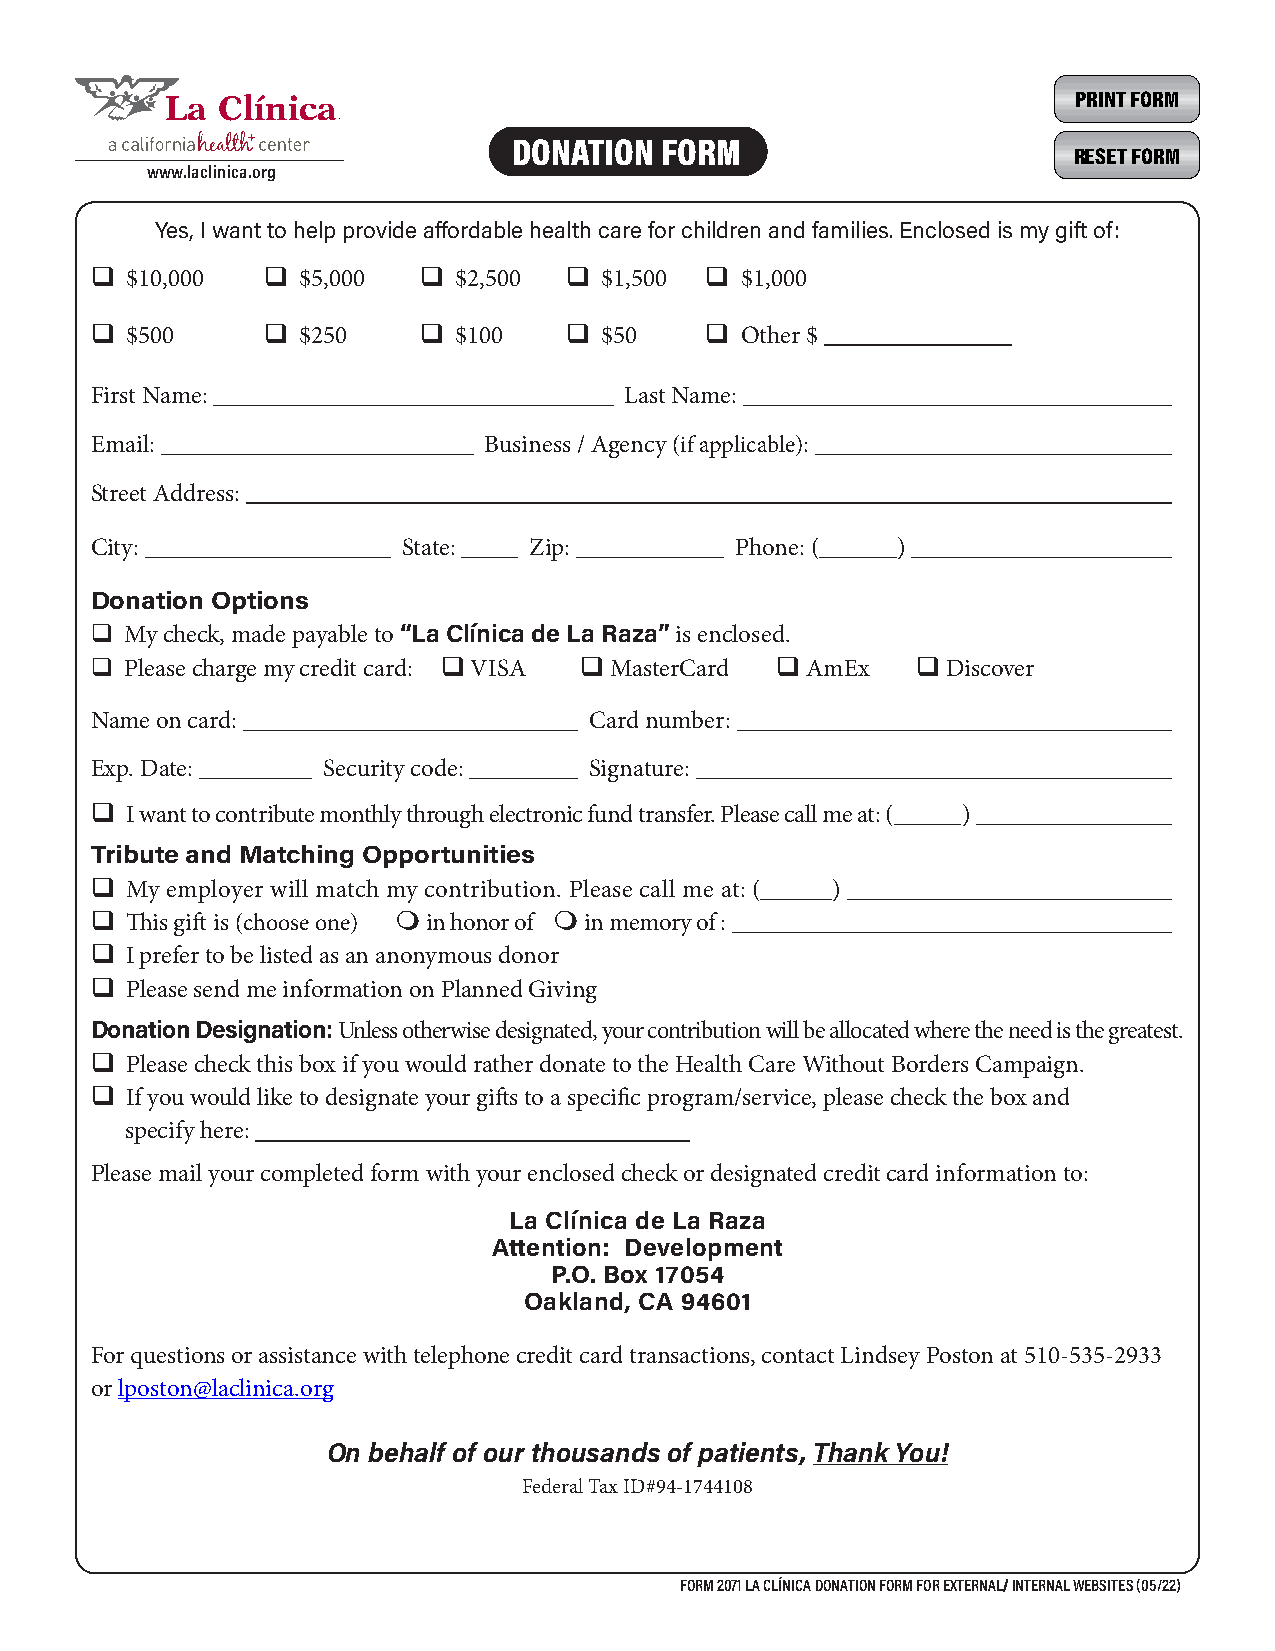
La Clínica                                                  PRINT FORM
 DONATION  FORM
 RESET FORM
 www.laclinica.org
 Yes, I want to help provide affordable health care for children and families. Enclosed is my gift of:
 q $10,000  q  $5,000  q $2,500 q  $1,500 q $1,000
 q $500     q  $250    q $100   q  $50    q Other $
 First Name:                        Last Name:
 Email:                    Business / Agency (if applicable):
 Street Address:
 City:                State:  Zip:          Phone: (  )
 For questions or assistance with telephone credit card
 Donation Options
 transactions, contact Lindsey Poston at 510-535-2933
 q My check, made payable to “La Clínica de La Raza” is enclosed.
 or lposton@laclinica.org.
 q Please charge my credit card: q VISA qMasterCard qAmEx qDiscover
 Name on card:                    Card number:
 Exp. Date:     Security code:    Signature:
 q I want to contribute monthly through electronic fund transfer. Please call me at: ( )
 Tribute and Matching Opportunities
 q My employer will match my contribution. Please call me at: ( )
 q This gift is (choose one) m in honor of m in memory of :
 q I prefer to be listed as an anonymous donor
 q Please send me information on Planned Giving
 Donation Designation: Unless otherwise designated, your contribution will be allocated where the need is the greatest.
 q Please check this box if you would rather donate to the Health Care Without Borders Campaign.
 q If you would like to designate your gifts to a specific program/service, please check the box and
 specify here:
 Please mail your completed form with your enclosed check or designated credit card information to:
 La Clínica de La Raza
 Attention: Development
 P.O. Box 17054
 Oakland, CA 94601
 For questions or assistance with telephone credit card transactions, contact Lindsey Poston at 510-535-2933
 or lposton@laclinica.org
 On behalf of our thousands of patients, Thank You!
 Federal Tax ID#94-1744108
 FORM 2071 LA CLÍNICA DONATION FORM FOR EXTERNAL/ INTERNAL WEBSITES (05/22)